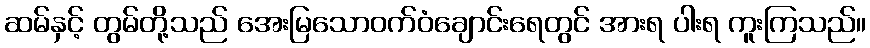
ဆမ်နှင့် တွမ်တို့သည် အေးမြသောဝက်ဝံချောင်းရေတွင် အားရ ပါးရ ကူးကြသည်။